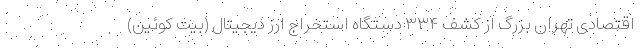
اقتصادی تهران بزرگ از کشف ۳۳۴ دستگاه استخراج ارز دیجیتال (بیت کوئین)